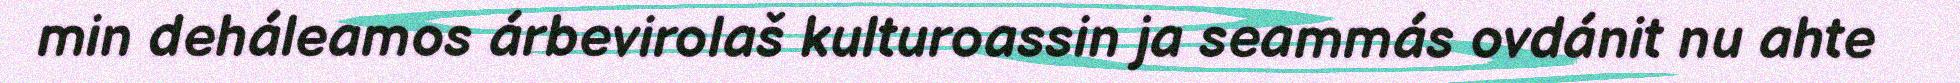
min deháleamos árbevirolaš kulturoassin ja seammás ovdánit nu ahte